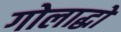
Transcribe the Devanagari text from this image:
गोलाद्धो